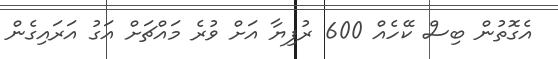
އެގޮތުން ބިސް ކޭހެއް 600 ރުފިޔާ އަށް ވުރެ މައްޗަށް އަގު އަރައިގެން